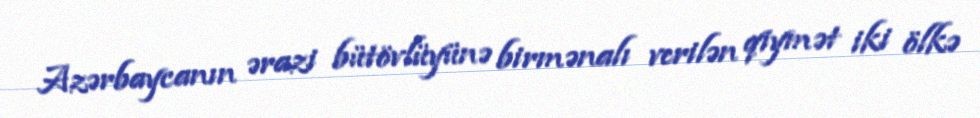
Azərbaycanın ərazi bütövlüyünə birmənalı verilən qiymət iki ölkə